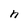
Character: h